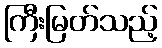
ကြီးမြတ်သည့်